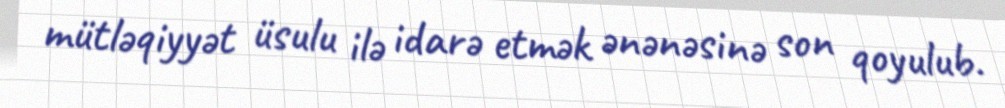
mütləqiyyət üsulu ilə idarə etmək ənənəsinə son qoyulub.